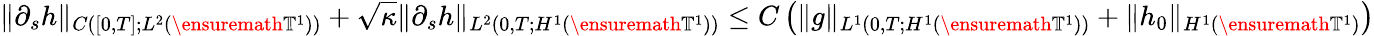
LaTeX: \| \partial_{s}h\| _{C([0,T];L^{2}(\ensuremath{\mathbb{T}}^{1}))}+\sqrt{\kappa}\| \partial_{s}h\| _{L^{2}(0,T;H^{1}(\ensuremath{\mathbb{T}}^{1}))}\leq C\left(\| g\| _{L^{1}(0,T;H^{1}(\ensuremath{\mathbb{T}}^{1}))}+\| h_{0}\| _{H^{1}(\ensuremath{\mathbb{T}}^{1})}\right)